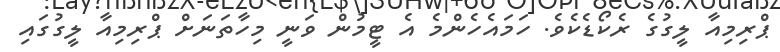
ޕްރިމިއާ ލީގުގެ ރެކޯޑެކެވެ. ހަމައެހެންމެ އެ ޓީމުން ވަނީ މިހާތަނަށް ޕްރިމިއާ ލީގުގައި